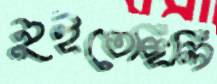
নুইতেছিলি